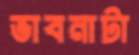
ভাবনাটা